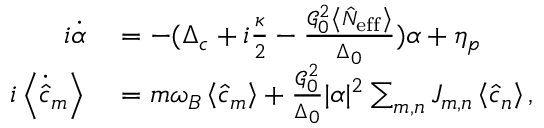
\begin{array} { r l } { i \dot { \alpha } } & { { } = - ( \Delta _ { c } + i \frac { \kappa } { 2 } - \frac { \mathcal { G } _ { 0 } ^ { 2 } \left\langle \hat { N } _ { \mathrm { e f f } } \right\rangle } { \Delta _ { 0 } } ) \alpha + \eta _ { p } } \\ { i \left\langle \dot { \hat { c } } _ { m } \right\rangle } & { { } = m \omega _ { B } \left\langle \hat { c } _ { m } \right\rangle + \frac { \mathcal { G } _ { 0 } ^ { 2 } } { \Delta _ { 0 } } | \alpha | ^ { 2 } \sum _ { m , n } J _ { m , n } \left\langle \hat { c } _ { n } \right\rangle , } \end{array}